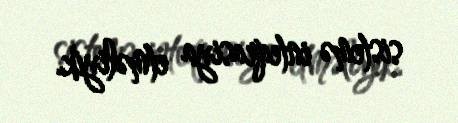
sistemə inteqrasiya etməliyik.